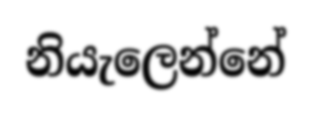
නියැලෙන්නේ